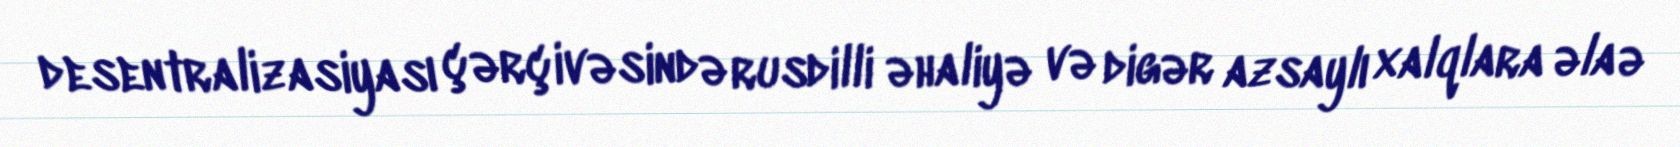
desentralizasiyası çərçivəsində rusdilli əhaliyə və digər azsaylı xalqlara əlaə